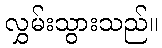
လွှမ်းသွားသည်။